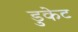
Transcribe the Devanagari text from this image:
डुकेट